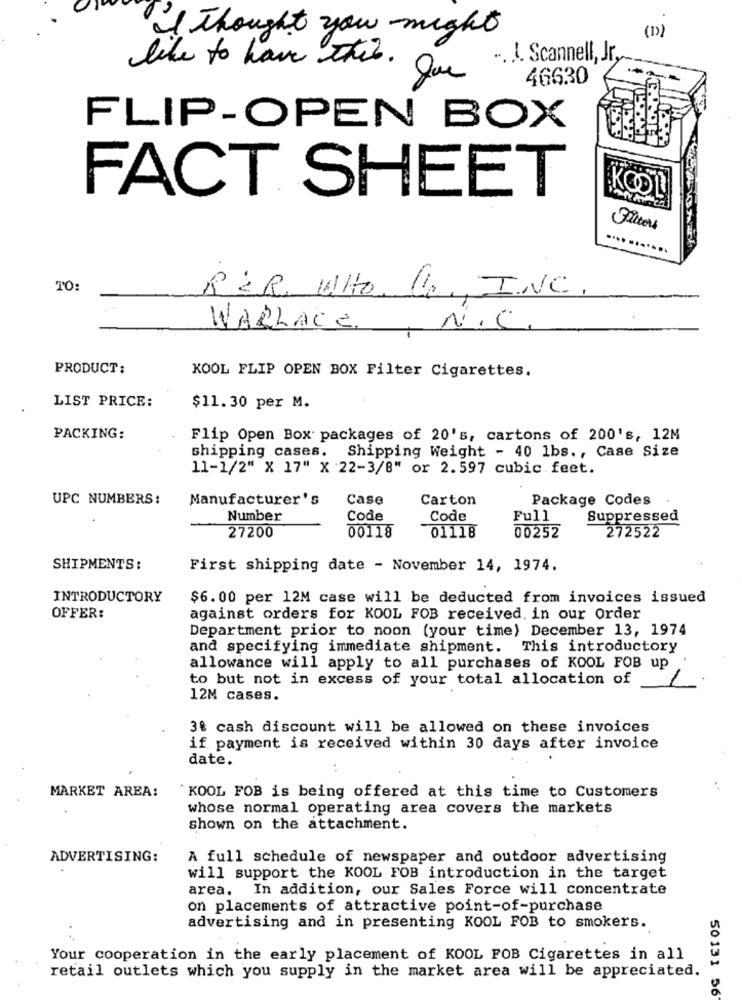
I Thought you might
.. . I. Scannell, Jr,
like to have this . Que
46630
FLIP-OPEN BOX
FACT SHEET
Filters
TO:
RER, WHO. C, INC.
WALLACE, N.C.
PRODUCT:
KOOL FLIP OPEN BOX Filter Cigarettes.
LIST PRICE:
$11.30 per M.
PACKING:
Flip Open Box packages of 20's, cartons of 200's, 12M
shipping cases. Shipping Weight - 40 1bs ., Case Size
11-1/2" X 17" X 22-3/8" or 2.597 cubic feet.
UPC NUMBERS:
Manufacturer's
Case
Carton
Package Codes
Number
Code
Code
Full
Suppressed
27200
00118
01118
00252
272522
SHIPMENTS:
First shipping date - November 14, 1974.
INTRODUCTORY
$6.00 per 12M case will be deducted from invoices issued
OFFER:
against orders for KOOL FOB received. in our Order
Department prior to noon (your time) December 13, 1974
and specifying immediate shipment. This introductory
allowance will apply to all purchases of KOOL FOB up
to but not in excess of your total allocation of
12M cases.
3% cash discount will be allowed on these invoices
if payment is received within 30 days after invoice
date.
MARKET AREA:
`KOOL FOB is being offered at this time to Customers
whose normal operating area covers the markets
shown on the attachment.
ADVERTISING:
A full schedule of newspaper and outdoor advertising
will support the KOOL FOB introduction in the target
area. In addition, our Sales Force will concentrate
on placements of attractive point-of-purchase
advertising and in presenting KOOL FOB to smokers.
Your cooperation in the early placement of KOOL FOB Cigarettes in all
retail outlets which you supply in the market area will be appreciated.
50131 56